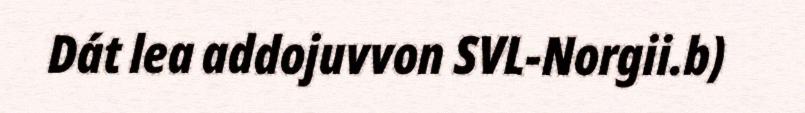
Dát lea addojuvvon SVL-Norgii.b)